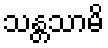
သန္တသာမိ